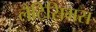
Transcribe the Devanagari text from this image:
लैटिसिमस